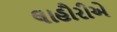
લાહૌરીએ